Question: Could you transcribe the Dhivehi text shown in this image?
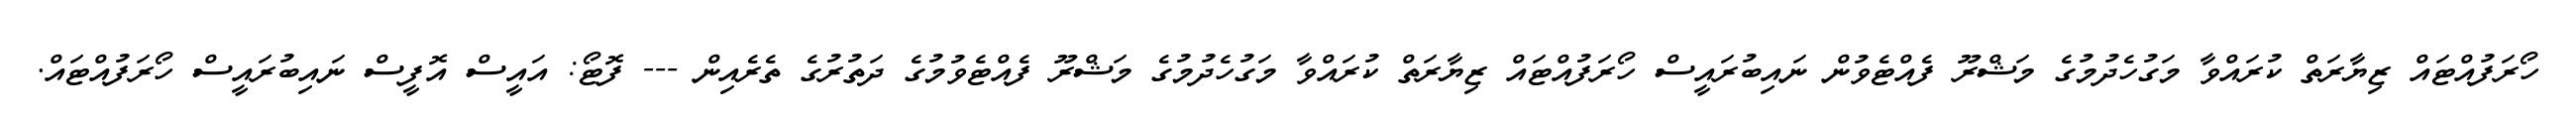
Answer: ހޯރަފުއްޓައް ޒިޔާރަތް ކުރައްވާ މަގުހެދުމުގެ މަޝްރޫ ފެއްޓެވުން ނައިބުރައީސް ހޯރަފުއްޓައް ޒިޔާރަތް ކުރައްވާ މަގުހެދުމުގެ މަޝްރޫ ފެއްޓެވުމުގެ ދަތުރުގެ ތެރެއިން --- ފޮޓޯ: އައީސް އޮފީސް ނައިބުރައީސް ހޯރަފުއްޓައް.